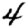
Digit: 4